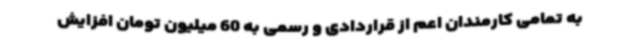
به تمامی کارمندان اعم از قراردادی و رسمی به 60 میلیون تومان افزایش